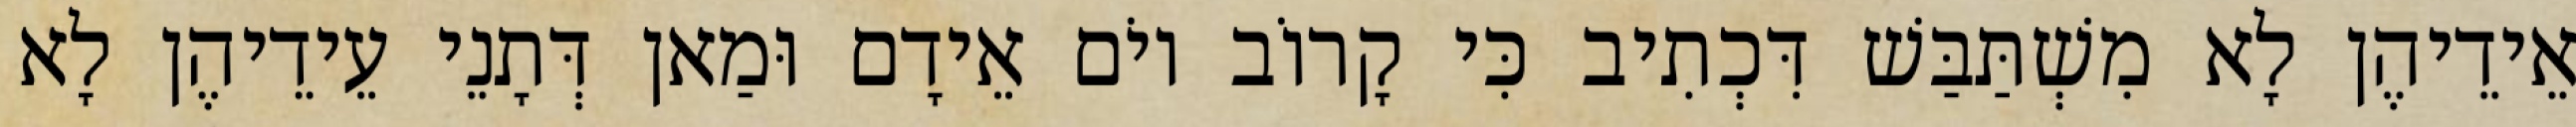
אֵידֵיהֶן לָא מִשְׁתַּבַּשׁ דִּכְתִיב כִּי קָרוֹב יוֹם אֵידָם וּמַאן דְּתָנֵי עֵידֵיהֶן לָא